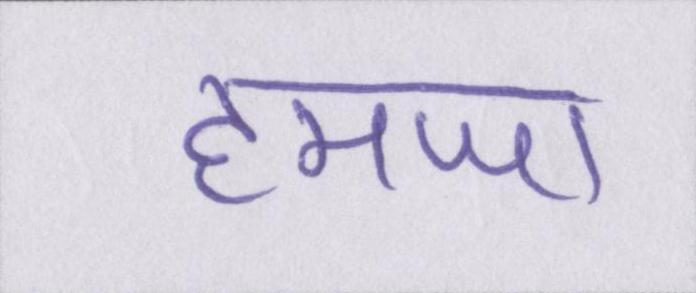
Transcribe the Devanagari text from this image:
हमजा